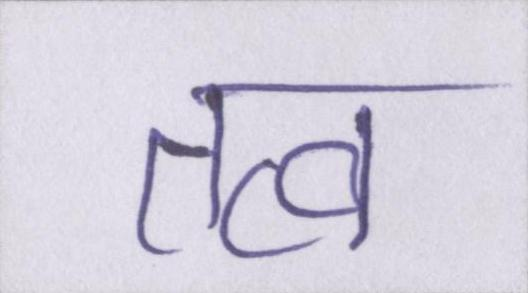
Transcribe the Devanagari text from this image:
तत्व